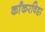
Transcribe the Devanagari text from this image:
काँकरविट्टा